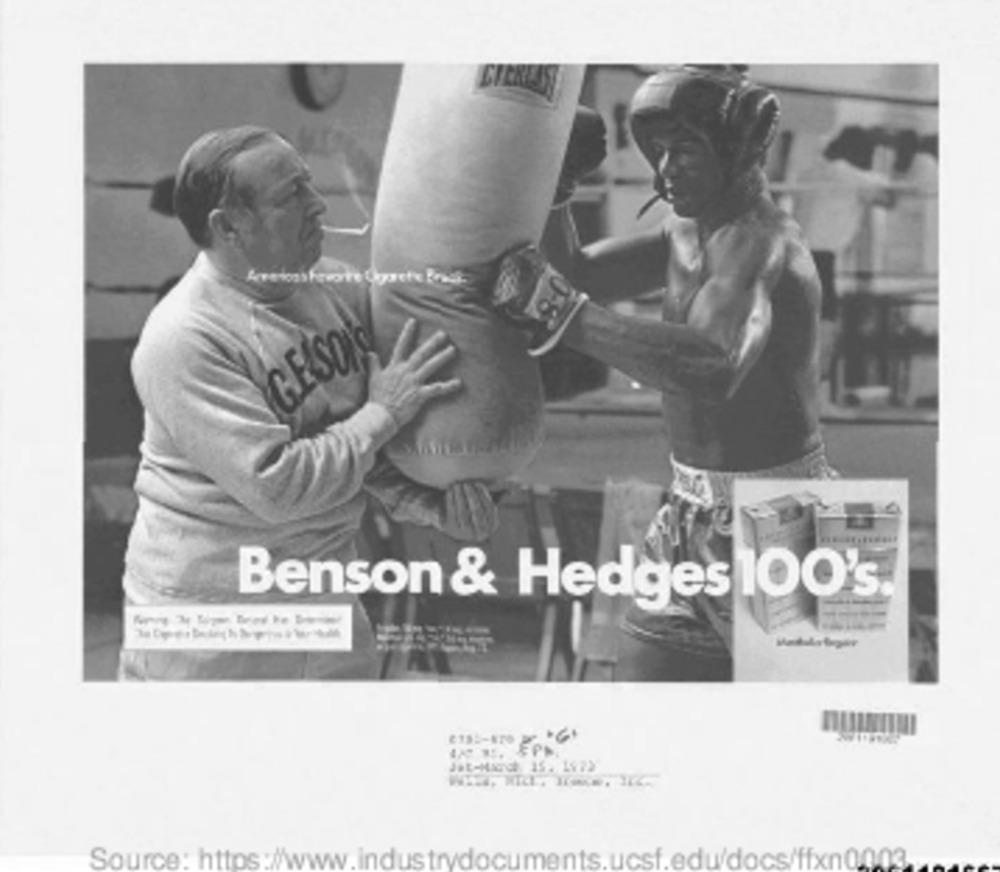
GESON
Benson & Hedges 100's
EPS
Jet-Micd 15. 1972
Source: https:/www.industrydocuments.ucsf.edu/docs/ffxn0003.